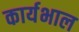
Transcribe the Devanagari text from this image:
कार्यभाल